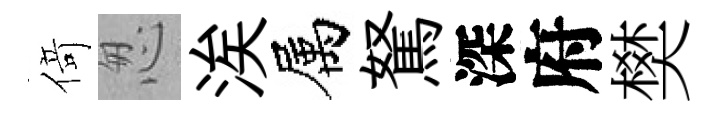
𠋣怱涘属駑深府樊